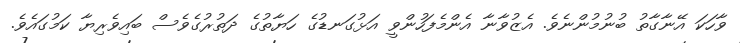
ވާހަކަ އޭނާގާތު ބުނުމުންނެވެ. އެޒުވާނާ އެންމެފަހުންވީ އަޅުގަނޑުގެ ހަޔާތުގެ ދަތުރުގެވެސް ބައިވެރިޔާ ކަމުގައެވެ.